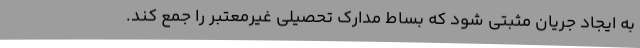
به ایجاد جریان مثبتی شود که بساط مدارک تحصیلی غیرمعتبر را جمع کند.